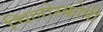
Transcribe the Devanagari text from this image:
चिलोस्कोपी